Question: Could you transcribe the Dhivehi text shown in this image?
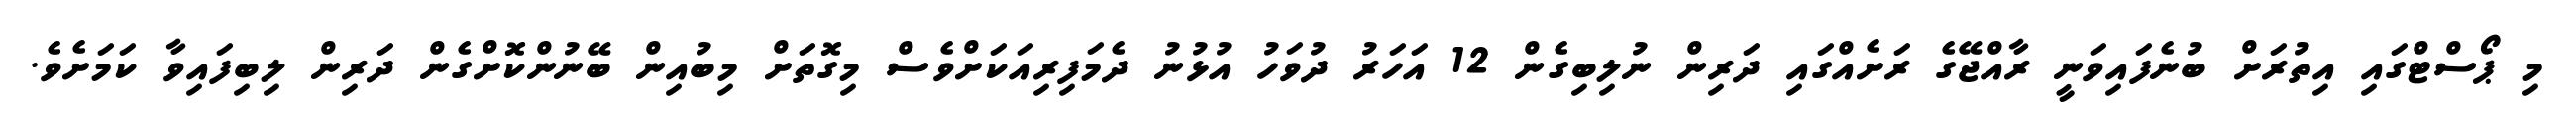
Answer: މި ޕޯސްޓްގައި އިތުރަށް ބުނެފައިވަނީ ރާއްޖޭގެ ރަށެއްގައި ދަރިން ނުލިބިގެން 12 އަހަރު ދުވަހު އުޅުނު ދެމަފިރިއަކަށްވެސް މިގޮތަށް މިބުއިން ބޭނުންކޮށްގެން ދަރިން ލިބިފައިވާ ކަމަށެވެ.